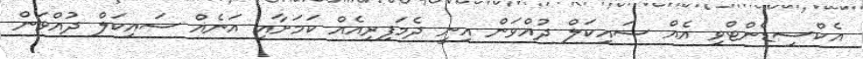
އެކްސިޑެންޓްވި އެއް ސައިކަލް ދުއްވަން އިނީ ދެމަފިރިއެއް ކަމަށާއި އަނެއް ސައިކަލް ދުއްވަން